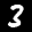
Label: 3